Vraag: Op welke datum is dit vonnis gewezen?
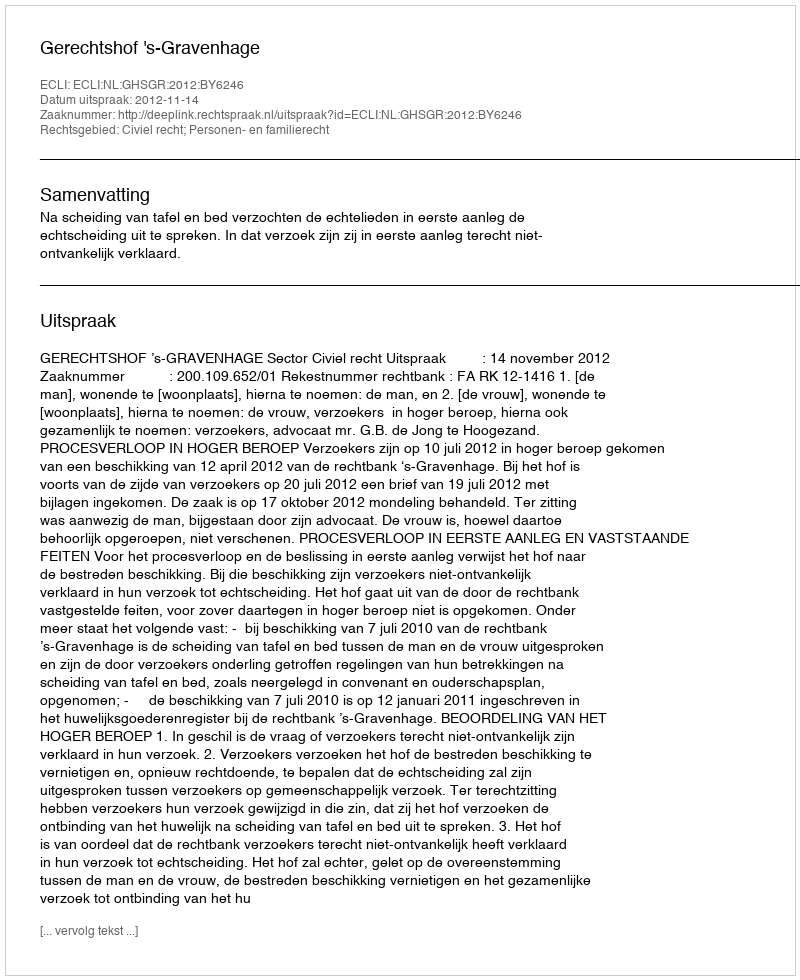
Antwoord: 2012-11-14